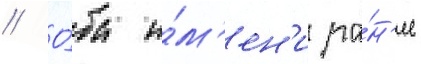
// О́ба и́м'ен'и ра́н'ее